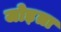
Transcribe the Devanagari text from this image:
जोड़ता